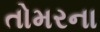
તોમરના